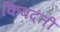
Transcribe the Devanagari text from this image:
किबदंती